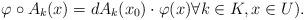
LaTeX: \begin{align*}\varphi\circ A_k(x)=dA_k(x_0)\cdot \varphi(x)\forall k\in K,x\in U).\end{align*}